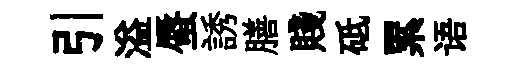
引溢蜃誘膳賤砥累语